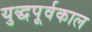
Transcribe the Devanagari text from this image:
युद्धपूर्वकाल